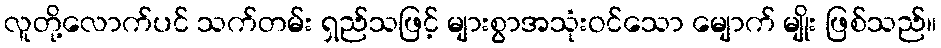
လူတို့လောက်ပင် သက်တမ်း ရှည်သဖြင့် များစွာအသုံးဝင်သော မျောက် မျိုး ဖြစ်သည်။